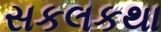
સકલકથા